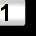
Digit: 1